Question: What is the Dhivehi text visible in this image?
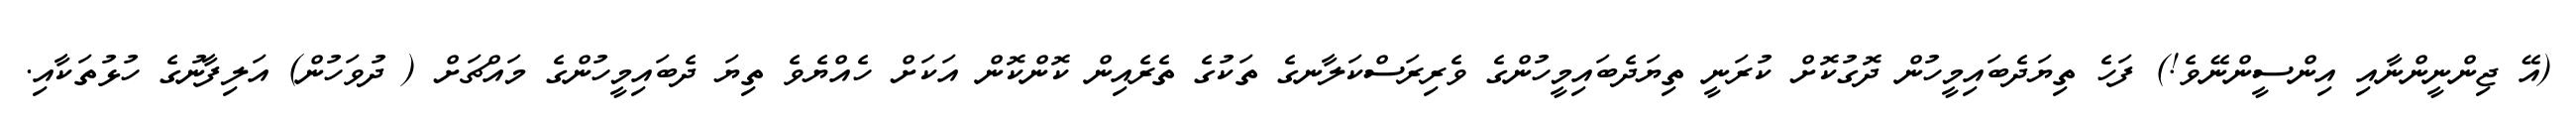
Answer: (އޭ ޖިންނީންނާއި އިންސީންނޭވެ!) ފަހެ ތިޔަދެބައިމީހުން ދޮގުކޮށް ކުރަނީ ތިޔަދެބައިމީހުންގެ ވެރިރަސްކަލާނގެ ތަކުގެ ތެރެއިން ކޮންކޮން އަކަށް ހެއްޔެވެ ތިޔަ ދެބައިމީހުންގެ މައްޗަށް ( ދުވަހުން) އަލިފާނުގެ ހުޅުތަކާއި.